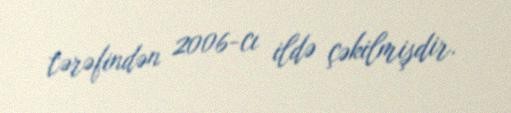
tərəfindən 2006-cı ildə çəkilmişdir.